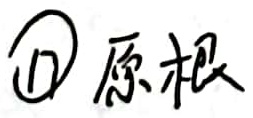
\textcircled{1} 原根